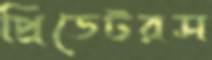
প্রিডেটরস